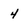
Character: 4